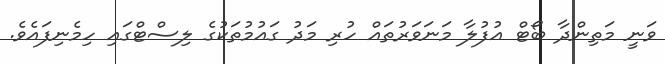
ވަނީ މަތިންދާ ބޯޓް އުފުލާ މަނަވަރުތައް ހުރި މަދު ގައުމުތަކުގެ ލިސްޓްގައި ހިމެނިފައެވެ.